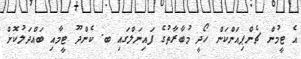
އެ ޓީމުން ޗެންޕިއަންކަން ހޯދީ މުބާރާތުގެ ފައިނަލްގައި ބ. ކެންދޫ ޓީމާއި ބައްދަލުކޮށް